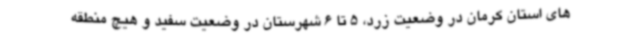
های استان کرمان در وضعیت زرد، 5 تا 6 شهرستان در وضعیت سفید و هیچ منطقه